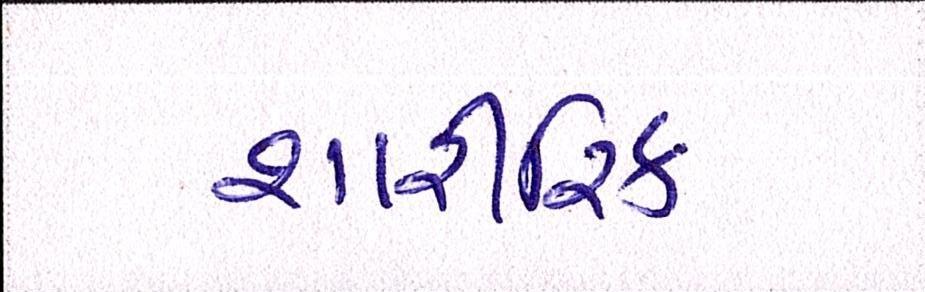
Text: શારીરિક